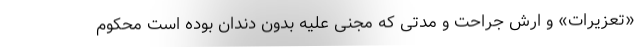
«تعزیرات» و ارش جراحت و مدتی که مجنی علیه بدون دندان بوده است محکوم